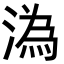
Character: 溈